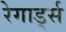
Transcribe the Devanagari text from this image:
रेगार्ड्स